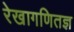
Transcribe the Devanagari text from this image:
रेखागणितज्ञ